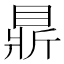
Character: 𥇴